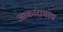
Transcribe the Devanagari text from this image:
आकाराचाच